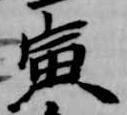
寅